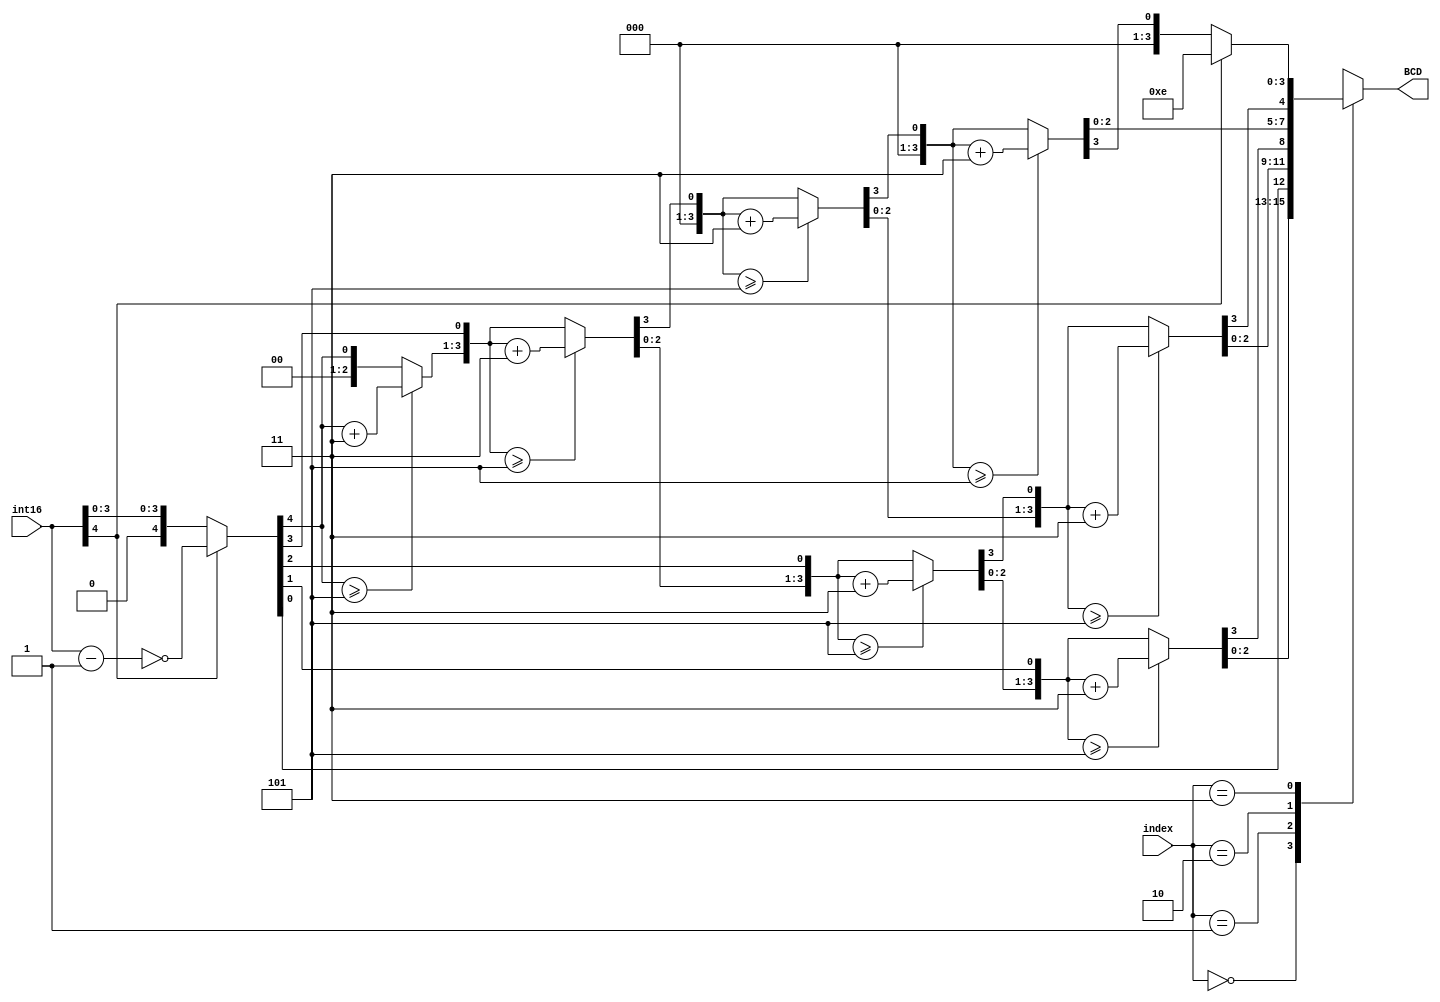
`timescale 1ns / 1ps
//////////////////////////////////////////////////////////////////////////////////
// Company: 
// Engineer: 
// 
// Design Name: 
// Module Name:    int16to4BCD 
// Project Name: 
// Target Devices: 
// Tool versions: 
// Description: 
//
// Dependencies: 
//
// Revision: 
// Revision 0.01 - File Created
// Additional Comments: 
//
//////////////////////////////////////////////////////////////////////////////////
module int16to4BCD(
    output reg [3:0] BCD,
	 input [1:0] index,
    input [4:0] int16	/*
								 *	NOTE : input should be [15:0] but was only tested with
								 *	[4:0] for the required range -15:15. Inputs outside of this 
								 * range will not work.
								 */
    );
	
	 integer i;
	 reg [3:0] BCD_array [0:3];
	reg isNegative;
	reg isNegativeRange;
	reg isPositiveRange;
	reg [4:0] number;
	always @(int16) begin
		isNegative = int16[4];
		//ERROR Check Codes.
		//isNegativeRange = (isNegative ? (~(int16-1)) : int16) <= 999;
		//isPositiveRange = !isNegative && int16 <= 9999;
		//if(isPositiveRange || isNegativeRange) begin 
			if(isNegative) begin
				number = ~(int16-1);
			end else begin
				number = int16;
			end
			BCD_array[2'b00] = 4'd0;
			BCD_array[2'b01] = 4'd0;
			BCD_array[2'b10] = 4'd0;
			BCD_array[2'b11] = 4'd0;
			
			for(i = 4; i >=0; i = i - 1) begin
				//Add 3 if bcd is >= 5
				if(BCD_array[2'b11] >= 5)
					BCD_array[2'b11] = BCD_array[2'b11] + 3;
				if(BCD_array[2'b10] >= 5)
					BCD_array[2'b10] = BCD_array[2'b10] + 3;
				if(BCD_array[2'b01] >= 5)
					BCD_array[2'b01] = BCD_array[2'b01] + 3;
				if(BCD_array[2'b00] >= 5)
					BCD_array[2'b00] = BCD_array[2'b00] + 3;
				
				//Shift left 1
				BCD_array[2'b11] = BCD_array[2'b11] << 1;
				BCD_array[2'b11][0] = BCD_array[2'b10][3];
				BCD_array[2'b10] = BCD_array[2'b10] << 1;
				BCD_array[2'b10][0] = BCD_array[2'b01][3];
				BCD_array[2'b01] = BCD_array[2'b01] << 1;
				BCD_array[2'b01][0] = BCD_array[2'b00][3];
				BCD_array[2'b00] = BCD_array[2'b00] << 1;
				BCD_array[2'b00][0] = number[i];
			end
		//Overflow Error Check Code.
		//end else begin
		//	BCD_array[2'b00] = 4'hF;
		//	BCD_array[2'b01] = 4'hF;
		//	BCD_array[2'b10] = 4'hF;
		//	BCD_array[2'b11] = 4'hF;
		//end
		
		if(isNegative) begin
			//if(isNegativeRange) begin
				BCD_array[2'b11] = 4'hE;
			//end else begin
			//	BCD_array[2'b11] = 4'hF;
			//end
		end
		BCD = BCD_array[index];//Return desired BCD digit.
	end
	
endmodule